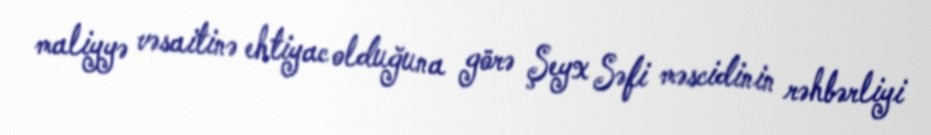
maliyyə vəsaitinə ehtiyac olduğuna görə Şeyx Səfi məscidinin rəhbərliyi